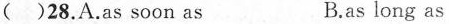
( )28. A.as soon as B.as long as